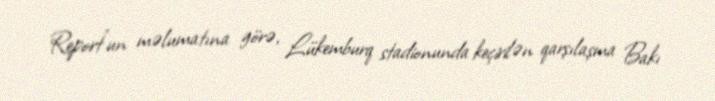
Report"un məlumatına görə, Lükemburq stadionunda keçirilən qarşılaşma Bakı